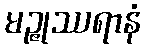
မဉ္ဇုဿရာနံ